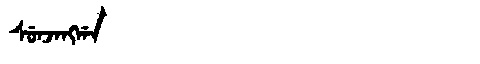
Manchu: ᠰᡠᠨᠵᠠᠩᡤᠠ
Romanization: SUNJANGGA